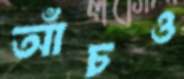
আঁচও